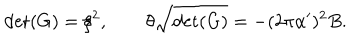
\det ( G ) = \xi ^ { 2 } , \qquad \theta \sqrt { \det ( G ) } = - ( 2 \pi \alpha ^ { \prime } ) ^ { 2 } B .